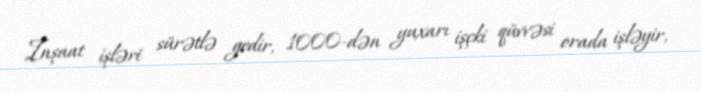
İnşaat işləri sürətlə gedir, 1000-dən yuxarı işçki qüvvəsi orada işləyir,